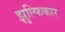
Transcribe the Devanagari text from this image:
झुल्फिकार